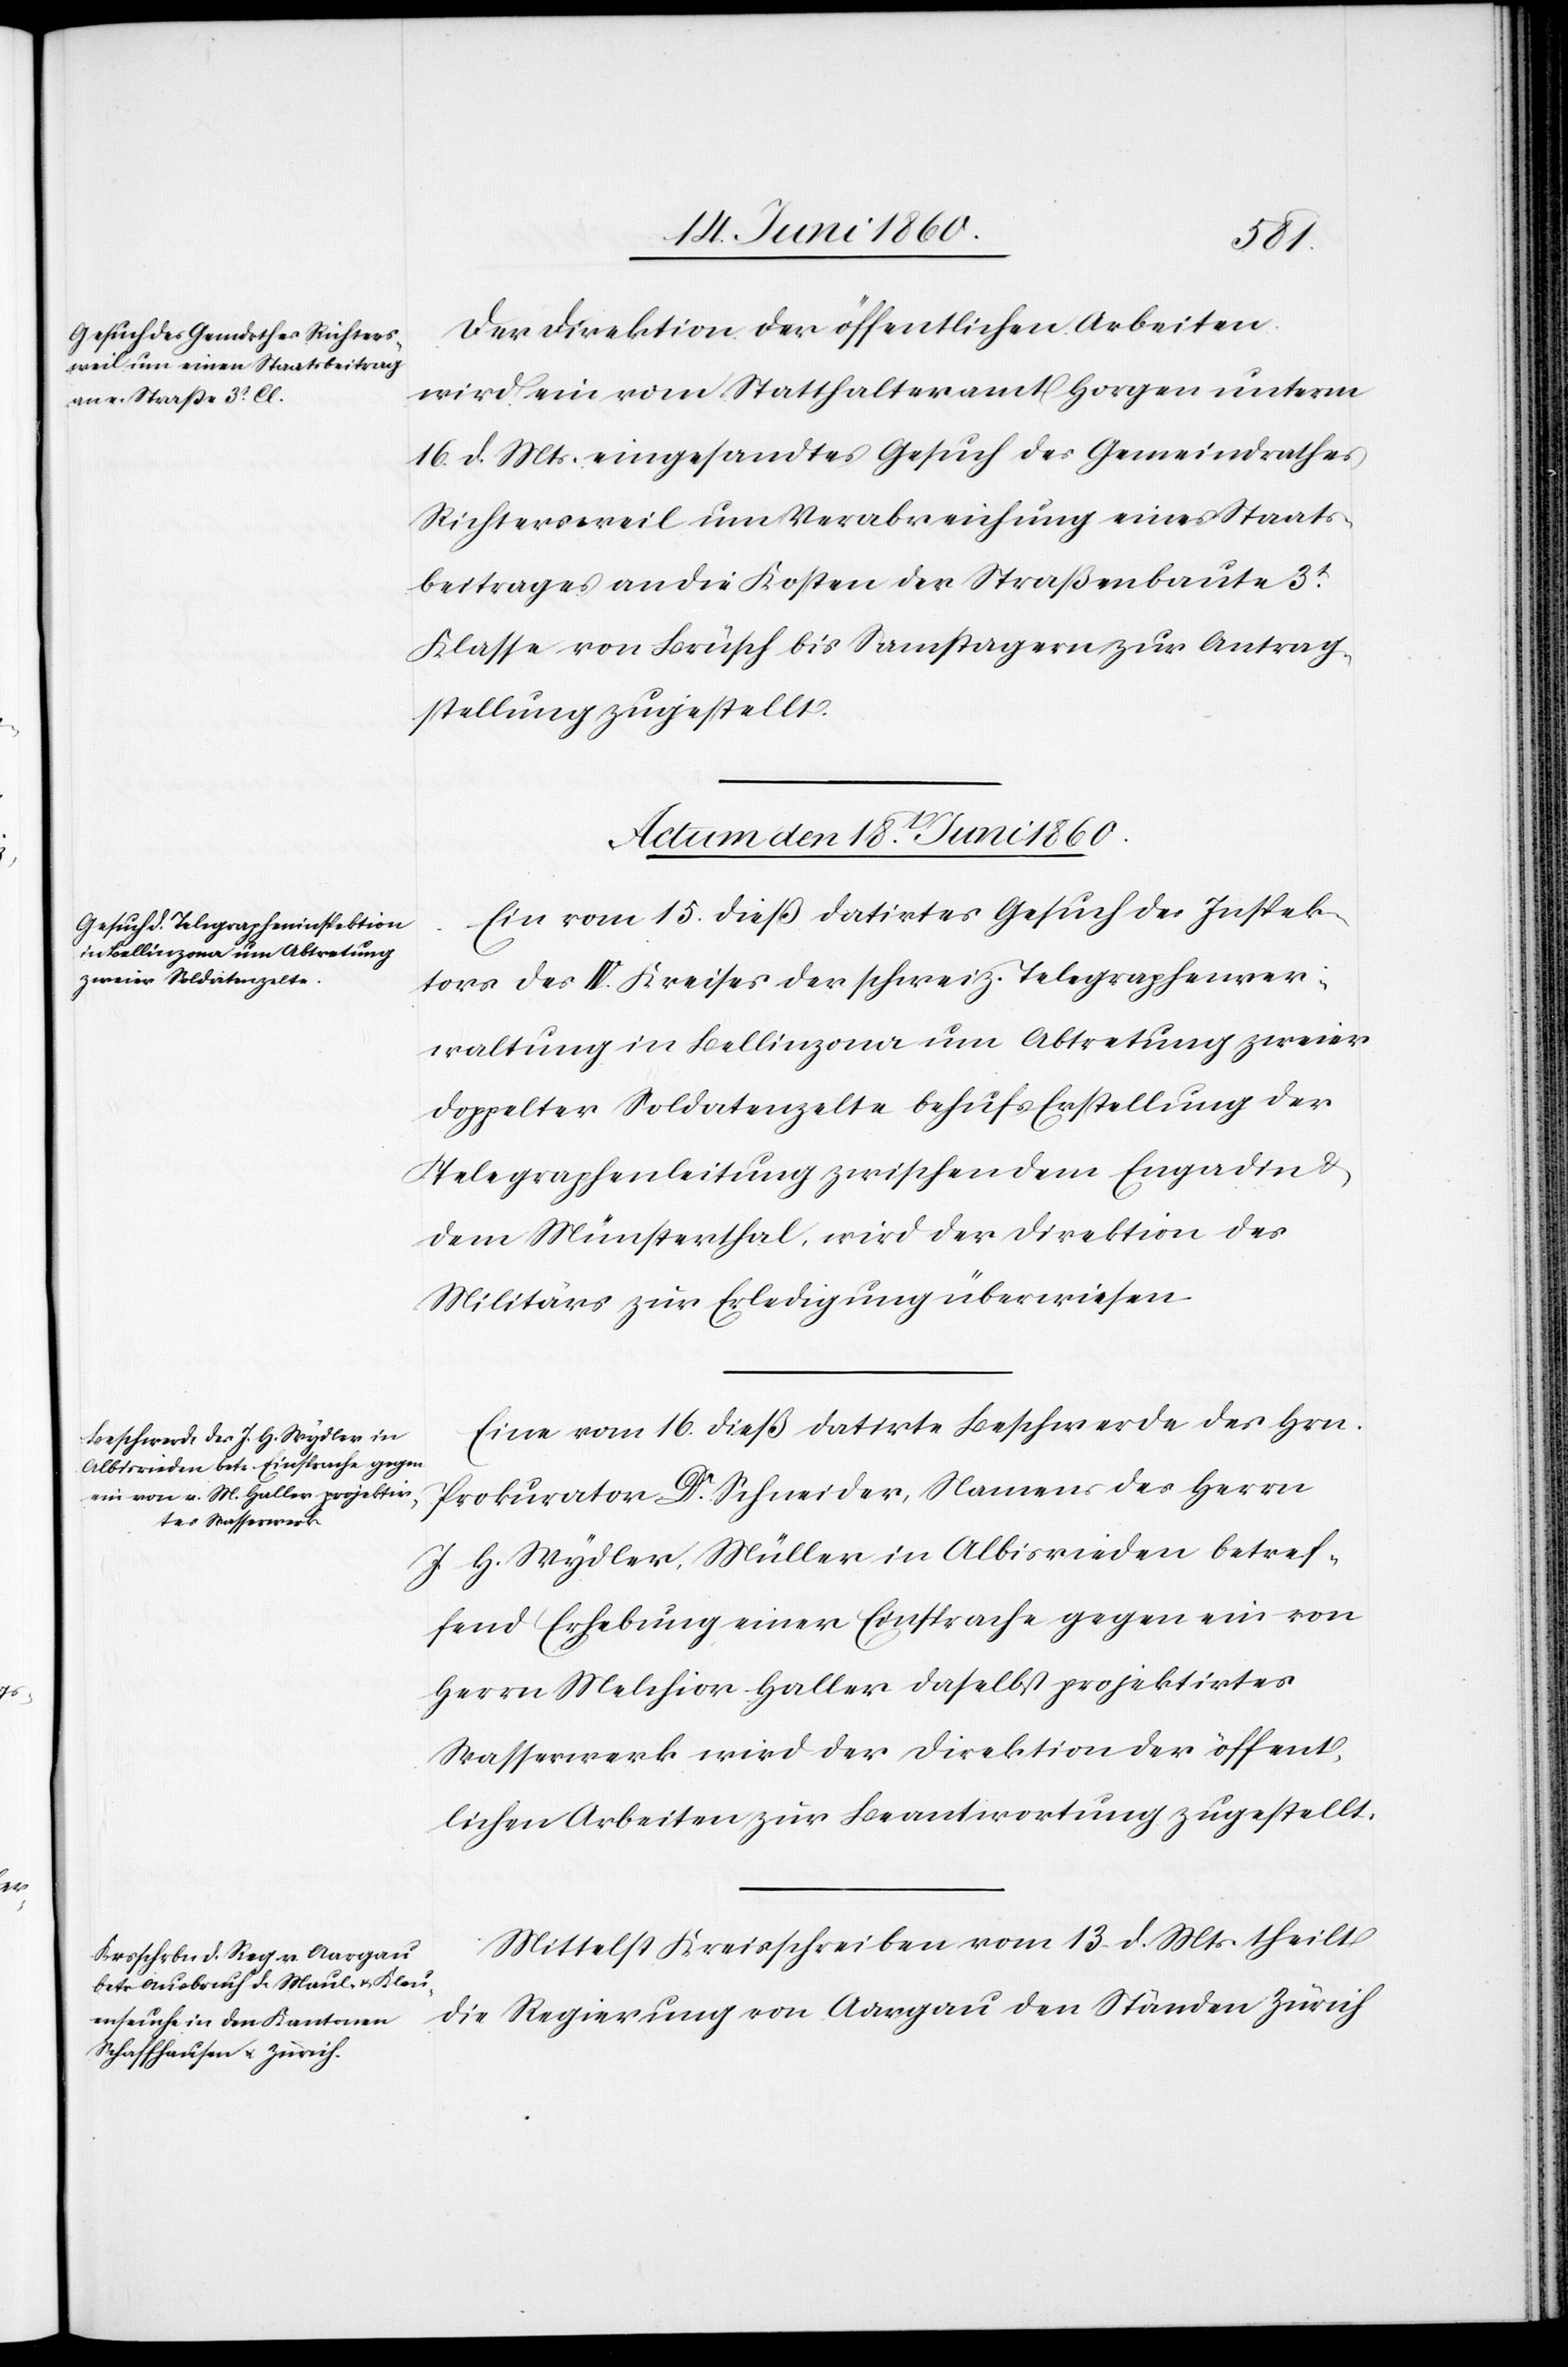
Der Direktion der öffentlichen Arbeiten
wird ein vom Statthalteramt Horgen unterm
16. d. Mts. eingesandtes Gesuch des Gemeindrathes
Richtersweil um Verabreichung eines Staats¬
beitrages an die Kosten der Straßenbaute 3t
Klasse von Brüsch bis Samstagern zur Antrag¬
stellung zugestellt.
Actum den 18t Juni 1860.]
Ein vom 15. dieß datirtes Gesuch des Inspek¬
tors des IV. Kreises der schweiz. Telegraphenver¬
waltung in Bellinzona um Abtretung zweier
doppelter Soldatenzelte behufs Erstellung der
Telegraphenleitung zwischen dem Engadin u.
dem Münsterthal, wird der Direktion des
Militärs zur Erledigung überwiesen[.]
Eine vom 16. dieß datirte Beschwerde des Hrn.
Prokurator Dr Schneider, Namens des Herrn
J. H. Wydler, Müller in Albisrieden betref¬
fend Erhebung einer Einsprache gegen ein von
Herrn Melchior Haller daselbst projektirtes
Wasserwerk wird der Direktion der öffent¬
lichen Arbeiten zur Beantwortung zugestellt.
Mittelst Kreisschreiben vom 13. d. Mts. theilt
die Regierung von Aargau den Ständen Zürich